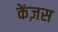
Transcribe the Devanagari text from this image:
केंज़स